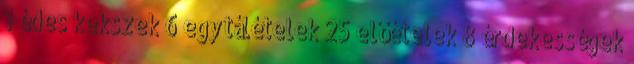
1 édes kekszek 6 egytálételek 25 előételek 8 érdekességek